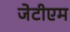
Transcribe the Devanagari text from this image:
जेटीएम